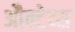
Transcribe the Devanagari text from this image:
औक्टेव्स